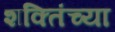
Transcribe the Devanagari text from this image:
शक्तिंच्या